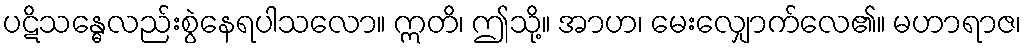
ပဋိသန္ဓေလည်းစွဲနေရပါသလော။ ဣတိ၊ ဤသို့။ အာဟ၊ မေးလျှောက်လေ၏။ မဟာရာဇ၊